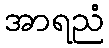
အာရညံ